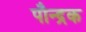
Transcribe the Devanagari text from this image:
पौन्द्रक